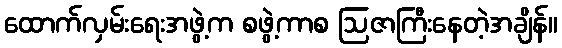
ထောက်လှမ်းရေးအဖွဲ့က စဖွဲ့ကာစ ဩဇာကြီးနေတဲ့အချိန်။